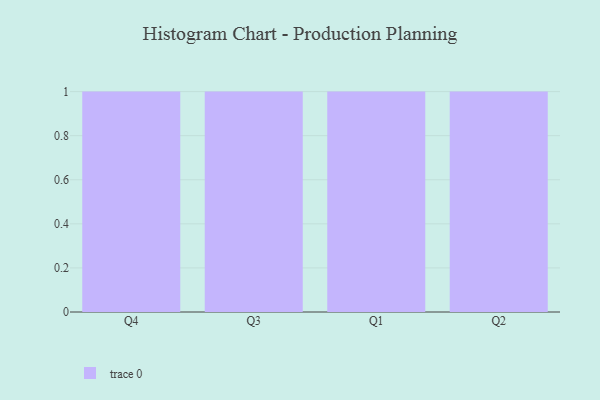
{"axis": {"x": "Quarter", "y": "Gross Profit (USD K)"}, "legend": [""], "data": [{"x": "Q4", "y": 23, "type": ""}, {"x": "Q3", "y": 56, "type": ""}, {"x": "Q1", "y": 36, "type": ""}, {"x": "Q2", "y": 19, "type": ""}]}